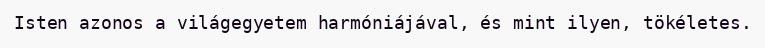
Isten azonos a világegyetem harmóniájával, és mint ilyen, tökéletes.